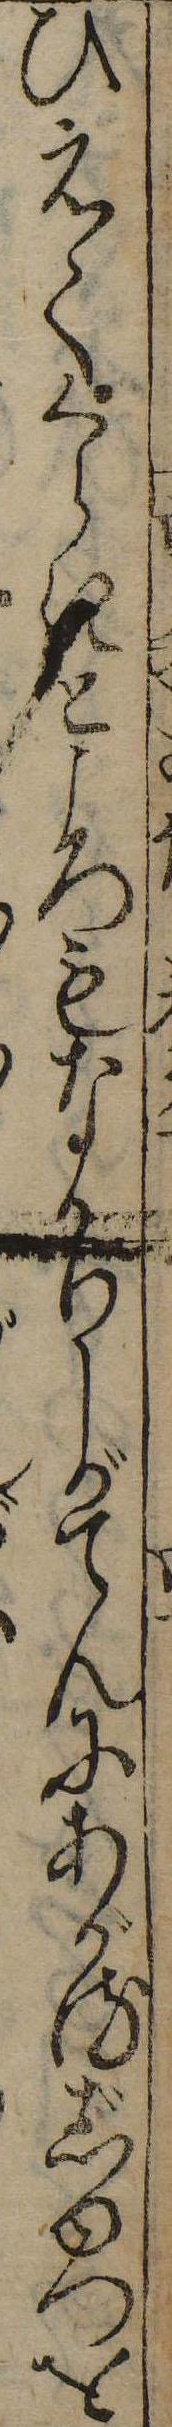
ひえてくらきところもなかりしがてんにあがるじゆつを